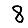
Digit: 8